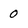
Character: 0